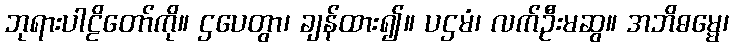
ဘုရားပါဠိတော်ကို။ ဌပေတွာ၊ ချန်ထား၍။ ပဌမံ၊ လက်ဦးမဆွ။ အဘိဓမ္မေ၊